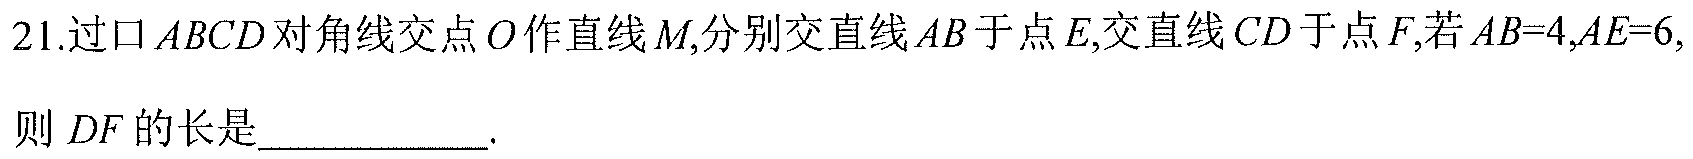
21.过\(\square ABCD\)对角线交点\(O\)作直线\(M\),分别交直线\(AB\)于点\(E\),交直线\(CD\)于点\(F\),若\(AB = 4\),\(AE = 6\),
则\(DF\)的长是___________.